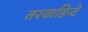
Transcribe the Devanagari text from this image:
तरवाडिन्टे